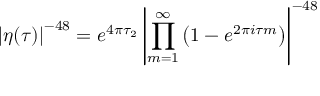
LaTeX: \left| \eta ( \tau ) \right| ^ { - 4 8 } = e ^ { 4 \pi \tau _ { 2 } } \left| \prod _ { m = 1 } ^ { \infty } \left( 1 - e ^ { 2 \pi i \tau m } \right) \right| ^ { - 4 8 }